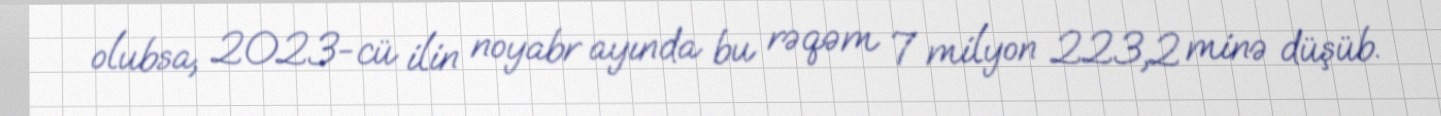
olubsa, 2023-cü ilin noyabr ayında bu rəqəm 7 milyon 223,2 minə düşüb.